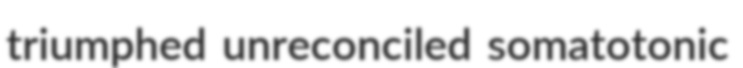
triumphed unreconciled somatotonic